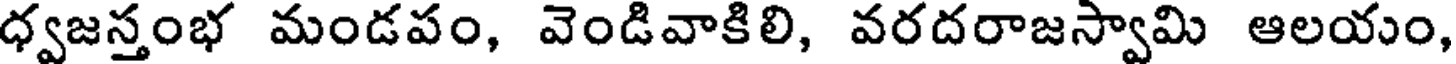
ధ్వజస్తంభ మండపం, వెండివాకిలి, వరదరాజస్వామి ఆలయం,